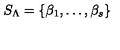
S _ { \Lambda } = \{ \beta _ { 1 } , \ldots , \beta _ { s } \} \/